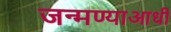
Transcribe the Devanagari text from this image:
जन्मण्याआधी